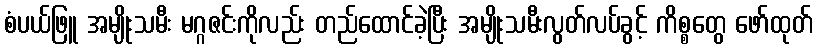
စံပယ်ဖြူ အမျိုးသမီး မဂ္ဂဇင်းကိုလည်း တည်ထောင်ခဲ့ပြီး အမျိုးသမီးလွတ်လပ်ခွင့် ကိစ္စတွေ ဖော်ထုတ်